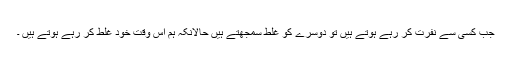
جب کسی سے نفرت کر رہے ہوتے ہیں تو دوسرے کو غلط سمجھتے ہیں حالانکہ ہم اس وقت خود غلط کر رہے ہوتے ہیں ۔